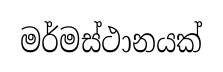
මර්මස්ථානයක්